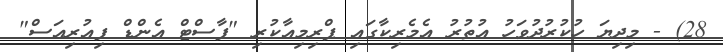
28) - މިދިޔަ ހުކުރުދުވަހު އުތުރު އެމެރިކާގައި ޕްރިމިއާކުރި "ފާސްޓް އެންޑް ފިއުރިއަސް"